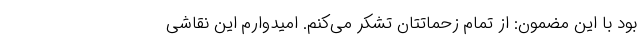
بود با این مضمون: از تمام زحماتتان تشکر می‌کنم. امیدوارم این نقاشی